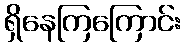
ရှိနေကြကြောင်း